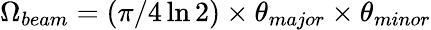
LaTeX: \Omega_{beam}=(\pi/4\ln 2)\times\theta_{major}\times\theta_{minor}